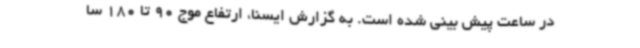
در ساعت پیش بینی شده است. به گزارش ایسنا، ارتفاع موج 90 تا 180 سا